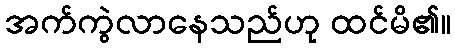
အက်ကွဲလာနေသည်ဟု ထင်မိ၏။